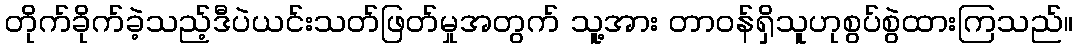
တိုက်ခိုက်ခဲ့သည့်ဒီပဲယင်းသတ်ဖြတ်မှုအတွက် သူ့အား တာဝန်ရှိသူဟုစွပ်စွဲထားကြသည်။